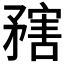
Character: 𥎆